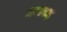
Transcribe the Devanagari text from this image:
असाढ़